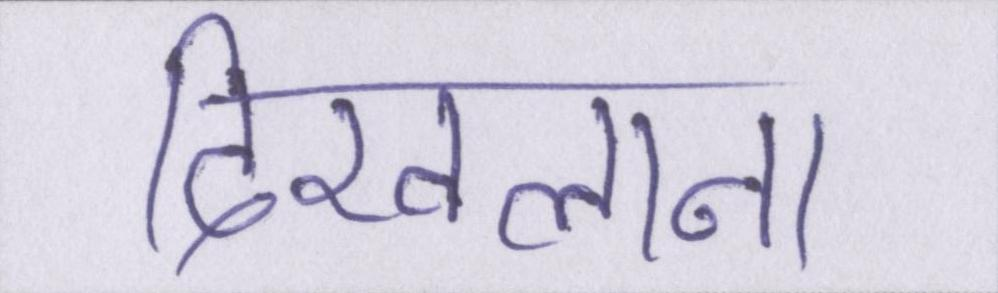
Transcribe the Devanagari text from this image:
दिखलाना